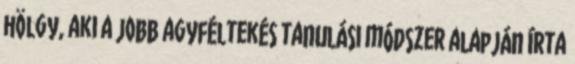
hölgy, aki a jobb agyféltekés tanulási módszer alapján írta